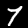
Label: 7